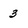
Character: 3